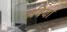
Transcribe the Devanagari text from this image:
एविया